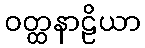
ဝတ္ထနာဠိယာ